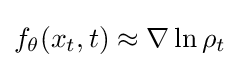
f_{\theta }(x_{t},t)\approx \nabla \ln \rho _{t}